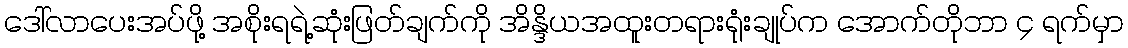
ဒေါ်လာပေးအပ်ဖို့ အစိုးရရဲ့ဆုံးဖြတ်ချက်ကို အိန္ဒိယအထူးတရားရုံးချုပ်က အောက်တိုဘာ ၄ ရက်မှာ